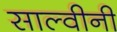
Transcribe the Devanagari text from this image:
साल्वीनी